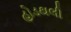
હોડથલી